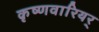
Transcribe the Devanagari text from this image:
कृष्णवारियर्